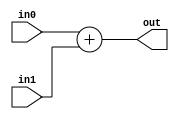
// Spec:
// 32-bit adder without carry-in and carry-out.

module Adder
(
    input  [31:0] in0,
    input  [31:0] in1,
    output [31:0] out
);

assign out = in0 + in1;

endmodule